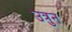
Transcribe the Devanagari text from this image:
उत्रुन